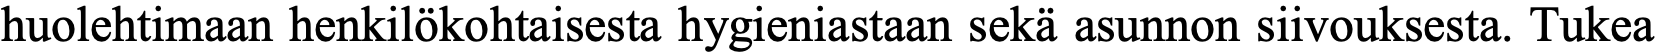
huolehtimaan henkilökohtaisesta hygieniastaan sekä asunnon siivouksesta. Tukea